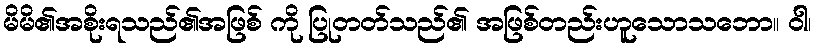
မိမိ၏အစိုးရသည်၏အဖြစ် ကို ပြုတတ်သည်၏ အဖြစ်တည်းဟူသောသဘော။ ဝါ၊